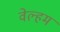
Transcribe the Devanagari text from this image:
वेल्हम